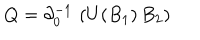
Q = \partial _ { 0 } ^ { - 1 } \, \left( U ( B _ { 1 } ) \, B _ { 2 } \right)